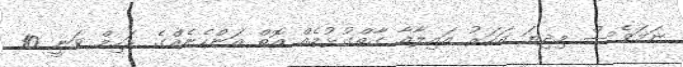
ނަމަވެސް މިދިޔަ އަހަރު އައިލާއާ ގާތްގުޅުމެއް އޮތް އަންހެނެއްގެ ރަހިމް ވަނީ 10